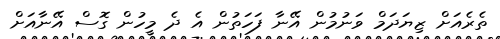
ތެރެއަށް ޒިޔަދަމް ވަނުމުން އޭނާ ފަހަތުން އެ ދެ މީހުން ގޮސް އޭނާއަށް